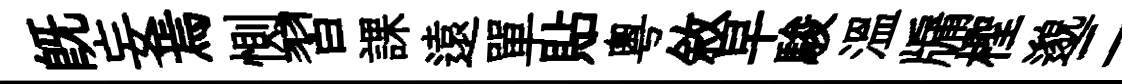
既妄焉惻習課遠單貼粵敘早駿溫牖檉邈二